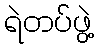
ရဲတပ်ဖွဲ့